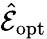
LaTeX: \hat{\mathcal E}_{\mathrm{opt}}